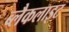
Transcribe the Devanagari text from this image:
ब्लैकलाइट